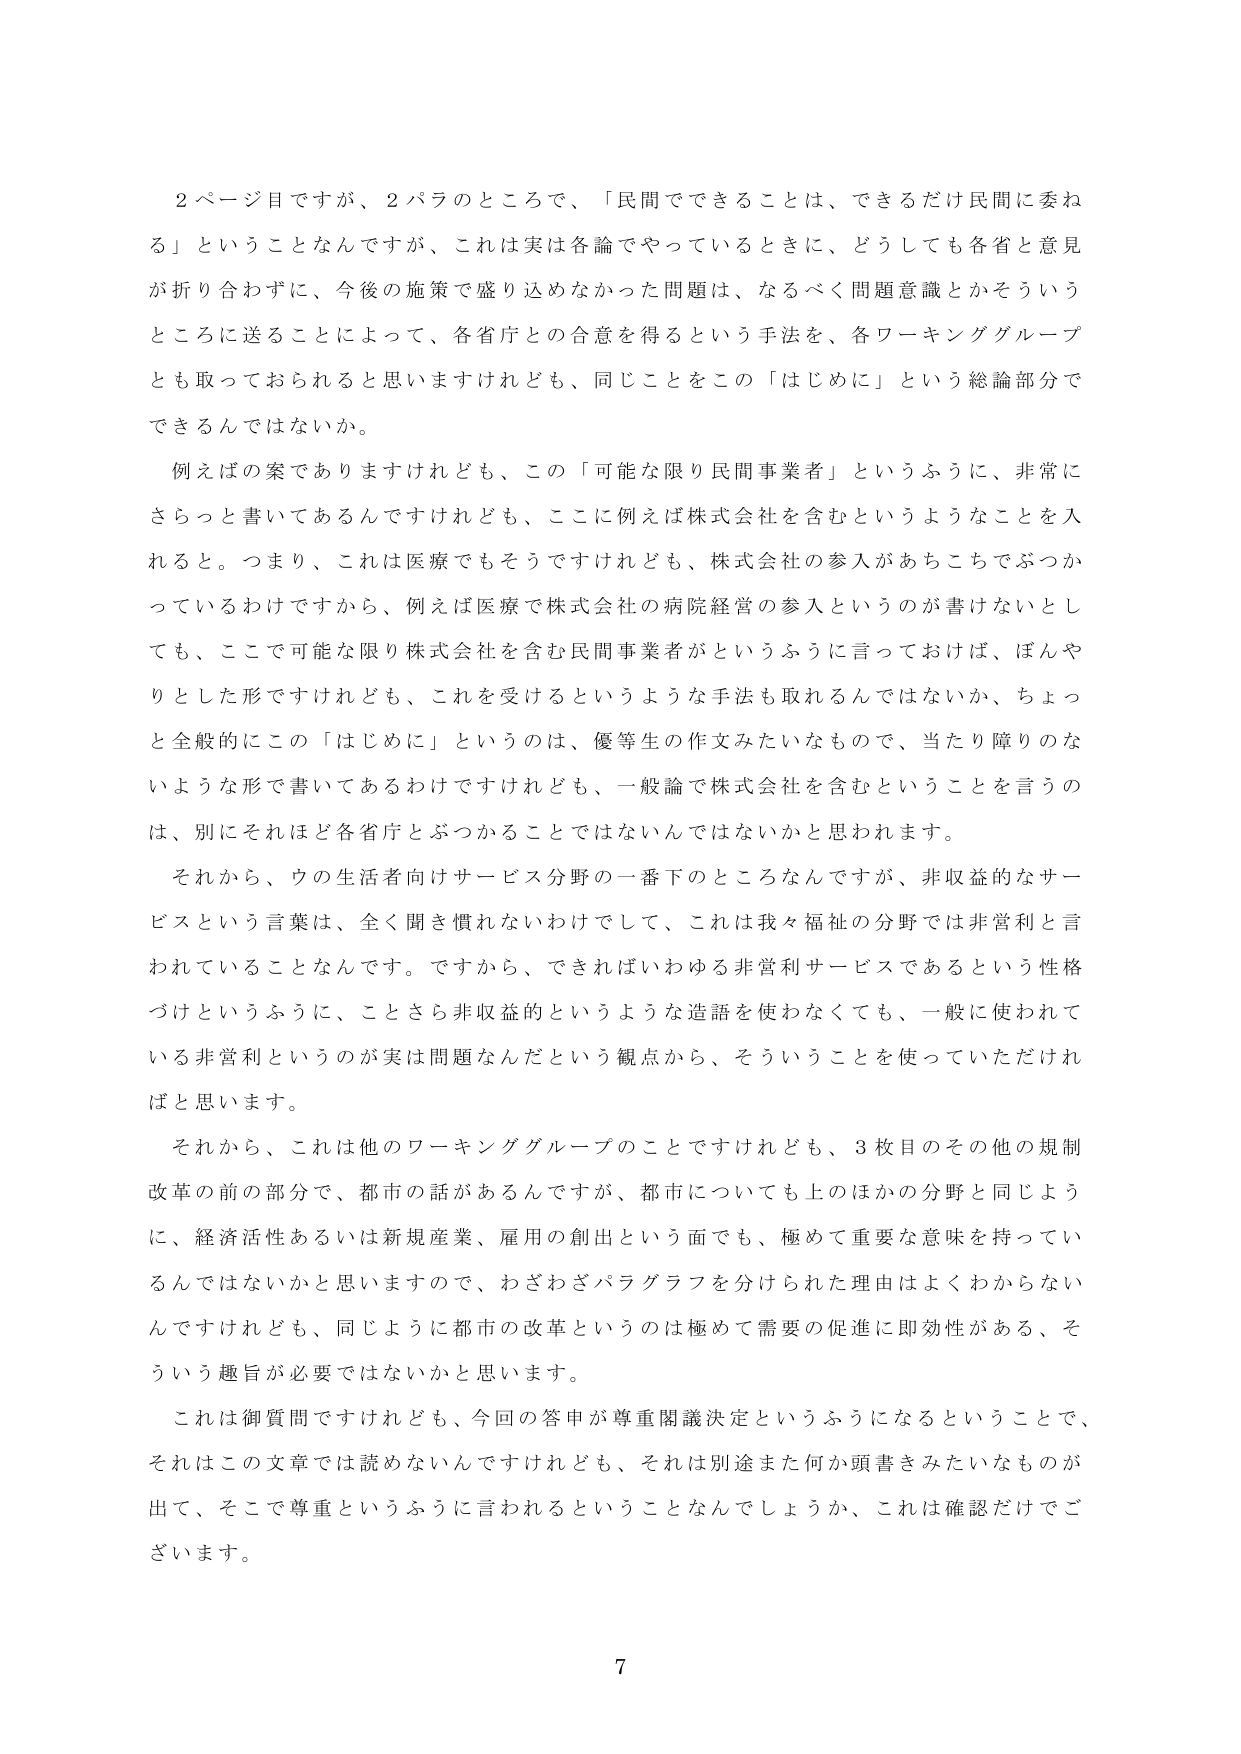
2ページ目ですが、2パラのところで、「民間でできることは、できるだけ民間に委ねる」ということなんですが、これは実は各論でやっているときに、どうしても各省と意見が折り合わずに、今後の施策で盛り込めなかった問題は、なるべく問題意識とかそういうところに送ることによって、各省庁との合意を得るという手法を、各ワーキンググループとも取っておられると思いますけれども、同じことをこの「はじめに」という総論部分でできるんではないか。

例えばの案でありますけれども、この「可能な限り民間事業者」というふうに、非常にさらっと書いてあるんですけれども、ここに例えば株式会社を含むというようなことを入れると。つまり、これは医療でもそうですけれども、株式会社の参入があちこちでぶつかっているわけですから、例えば医療で株式会社の病院経営の参入というのが書けないとしても、ここで可能な限り株式会社を含む民間事業者かというふうに言っておけば、ぼんやりとした形ですけれども、これを受けるというような手法も取れるんではないか、ちょっと全般的にこの「はじめに」というのは、優等生の作文みたいなもので、当たり前のような形で書いてあるわけですけれども、一般論で株式会社を含むということを言うのは、別にそれほど各省庁とぶつかることではないんじゃないかと思われます。

それから、ウの生活者向けサービス分野の一番下のところなんですが、非収益的なサービスという言葉は、全く聞き慣れないわけして、これは我々福祉の分野では非営利と言われていることなんです。ですから、できればいわゆる非営利サービスであるという性格づけというふうに、ことさら非収益的というような造語を使わなくても、一般に使われている非営利というのが実は問題なんだという観点から、そういうことを使っていただければと思います。

それから、これは他のワーキンググループのことですけれども、3枚目のその他の規制改革の前の部分で、都市の話があるんですが、都市についても上のほかの分野と同じように、経済活性あるいは新規産業、雇用の創出という面でも、極めて重要な意味を持っているんじゃないかと思いますので、わざわざパラグラフを分けられた理由はよくわからないんですけれども、同じように都市の改革というのは極めて需要の促進に即効性がある、そういう趣旨が必要ではないかと思います。

これは御質問ですけれども、今回の答申が尊重閣議決定というふうになるということで、それはこの文章では読めないんですけれども、それは別途また何か頭書きみたいなものが出て、そこで尊重というふうに言われるということなんでしょうか、これは確認だけでございます。

7